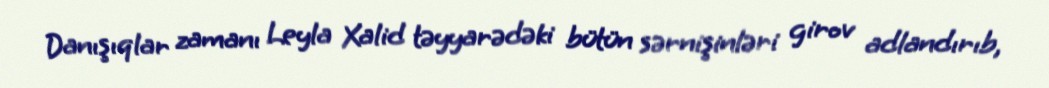
Danışıqlar zamanı Leyla Xalid təyyarədəki bütün sərnişinləri girov adlandırıb,